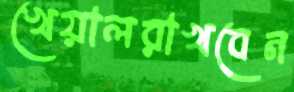
খেয়ালরাখবেন